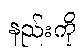
နည်းကို